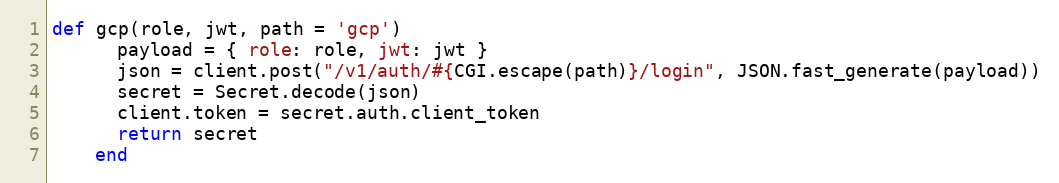
Language: Ruby
def gcp(role, jwt, path = 'gcp')
      payload = { role: role, jwt: jwt }
      json = client.post("/v1/auth/#{CGI.escape(path)}/login", JSON.fast_generate(payload))
      secret = Secret.decode(json)
      client.token = secret.auth.client_token
      return secret
    end